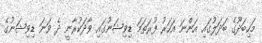
މަހިބަދޫގެ ބަދަލުގައި އަންނަ އަހަރު ފުރަތަމަ ޑިވިޝަނުގައި ވާދަކުރާނީ ދެ ވަނަ ޑިވިޝަނުގެ